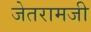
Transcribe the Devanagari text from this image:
जेतरामजी